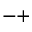
- +